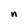
Character: n